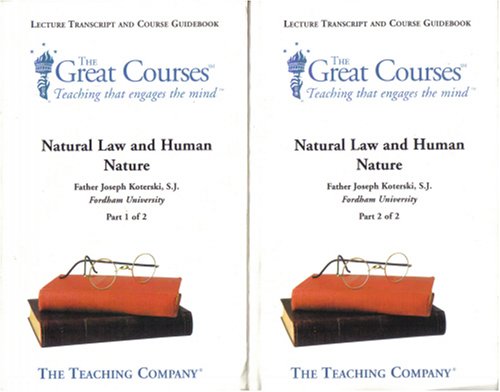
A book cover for Natural Law and Human Nature Lecture Transcript and Course Guidebook - Parts 1 and 2 - Great Courses; S.J. Father Joseph Koterski; Law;